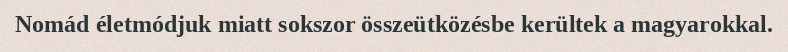
Nomád életmódjuk miatt sokszor összeütközésbe kerültek a magyarokkal.